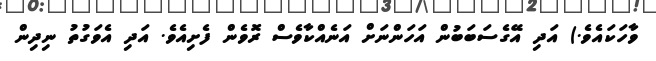
ވާހަކައެވެ.) އަދި އޭގެސަބަބުން އަހަންނަށް އަނެއްކާވެސް ރޮވެން ފެށިއެވެ. އަދި އެވަގުތު ނިދިން